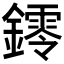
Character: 𨭭